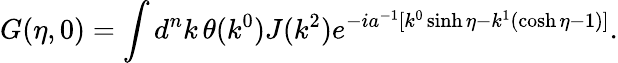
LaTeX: G(\eta,0)=\int d^{n}k\, \theta(k^{0})J(k^{2})e^{-ia^{-1}[k^{0}\sinh\eta-k^{1}(\cosh\eta-1)]}.